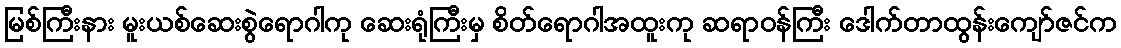
မြစ်ကြီးနား မူးယစ်ဆေးစွဲရောဂါကု ဆေးရုံကြီးမှ စိတ်ရောဂါအထူးကု ဆရာဝန်ကြီး ဒေါက်တာထွန်းကျော်ဇင်က